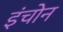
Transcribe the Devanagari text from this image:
इंचोन